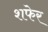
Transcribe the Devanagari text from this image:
शफेर